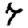
Digit: 7